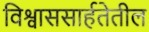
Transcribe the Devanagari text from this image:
विश्वाससार्हतेतील